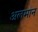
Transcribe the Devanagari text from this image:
अलमान